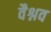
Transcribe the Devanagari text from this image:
वैश्नव